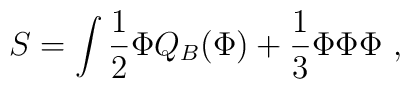
S=\int\frac{1}{2}\Phi Q_B(\Phi)+\frac{1}{3}\Phi \Phi  \Phi \ ,